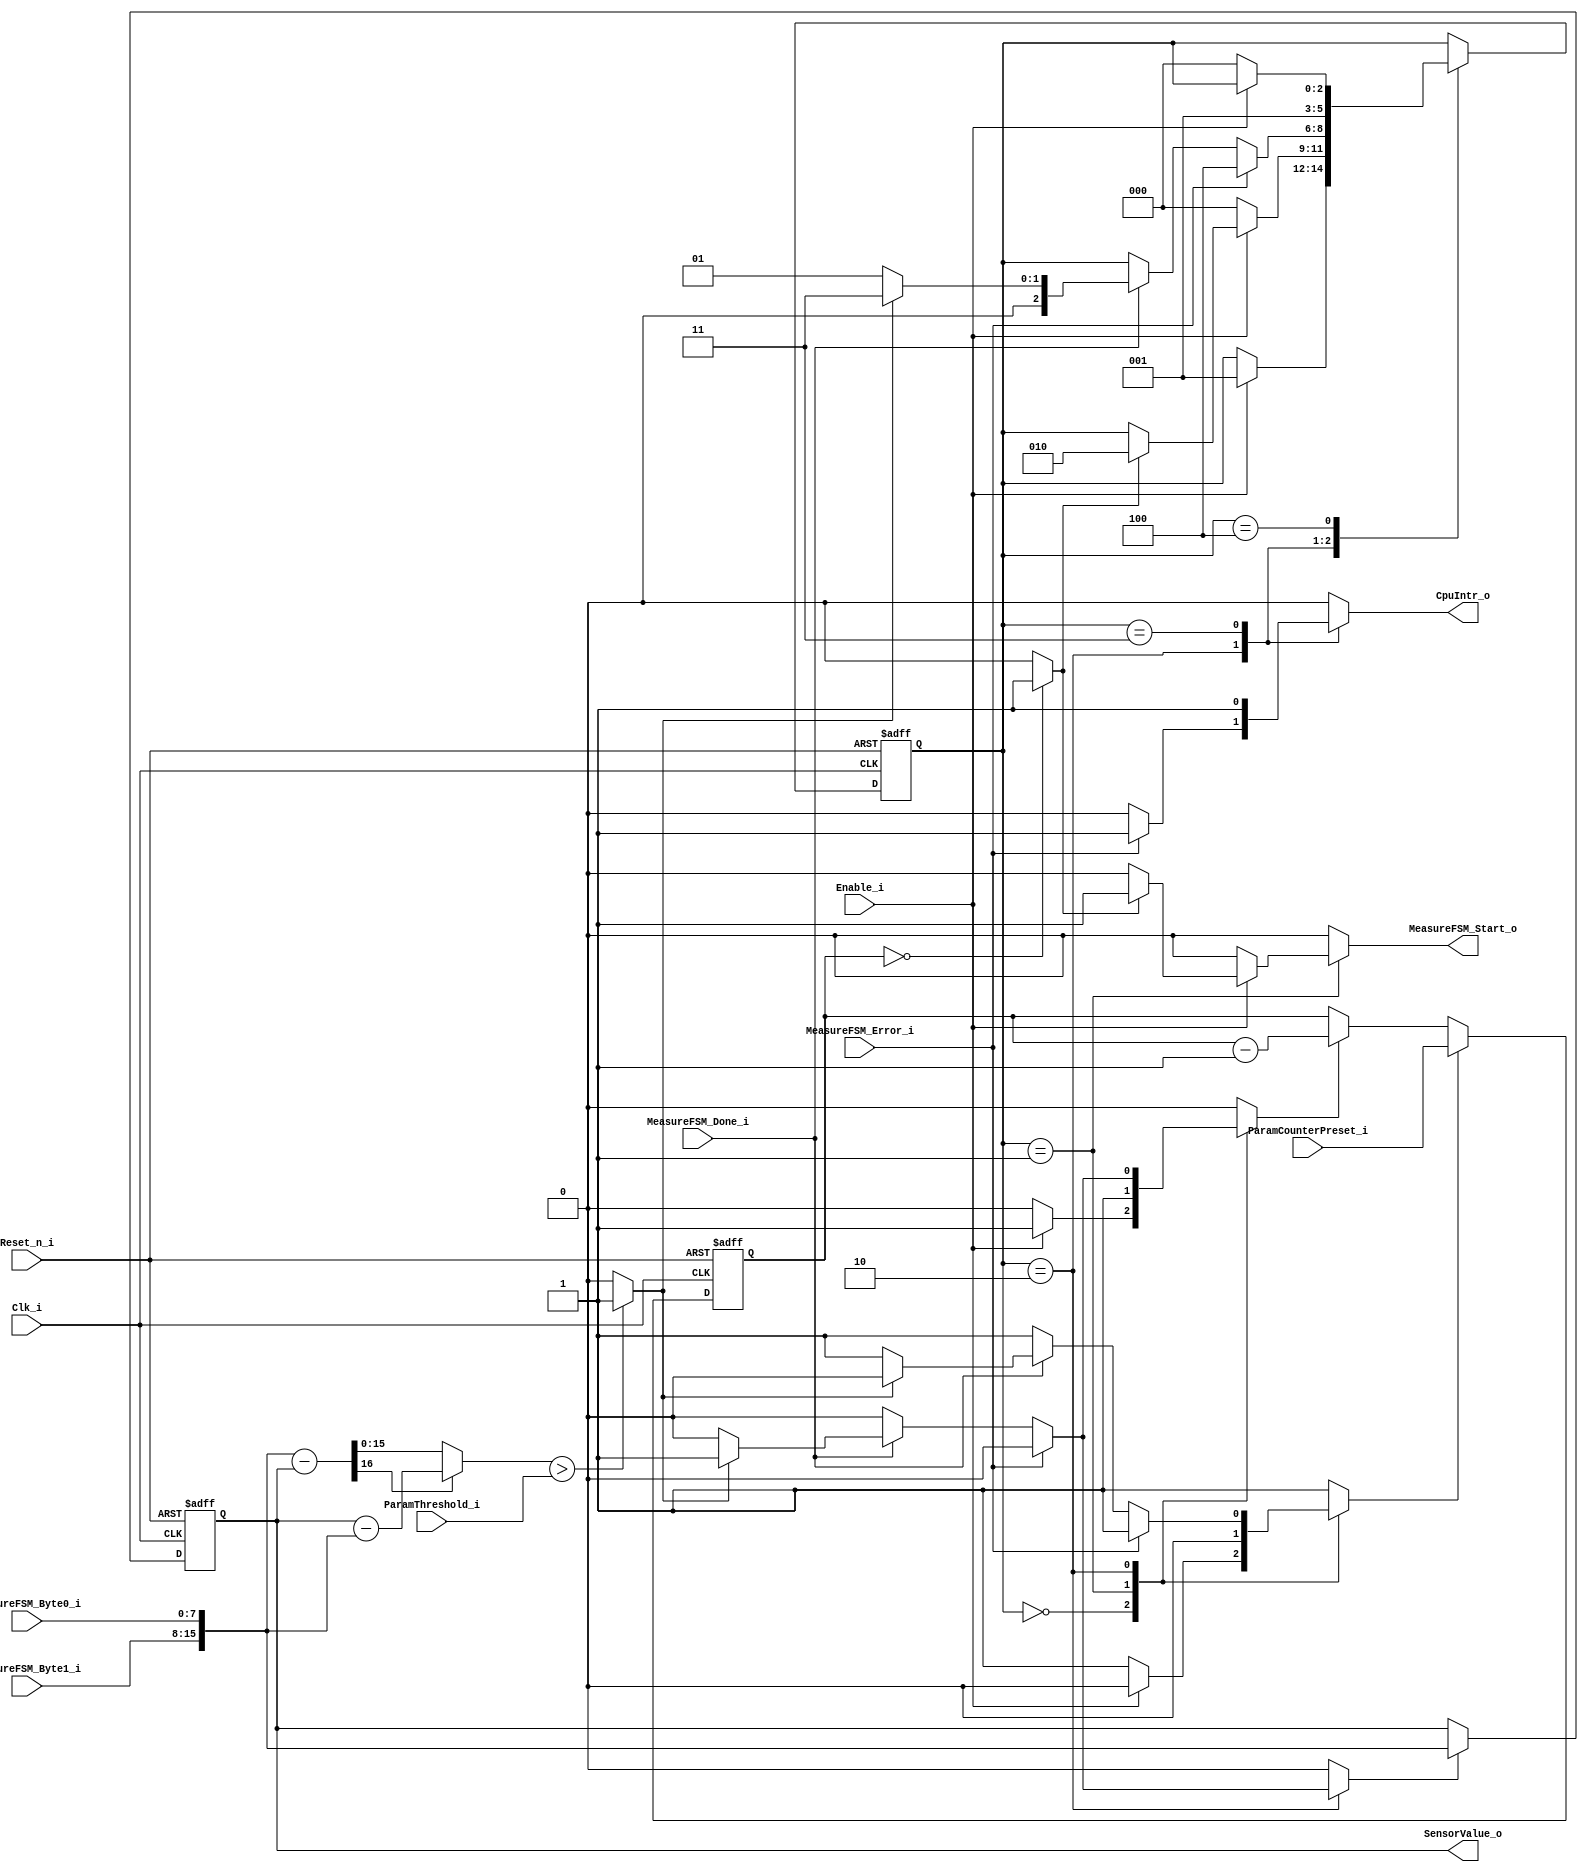
module SensorFSM_1 #(
  parameter DataWidth = 8
) (
  input                        Reset_n_i,
  input                        Clk_i,
  input                        Enable_i,
  output reg                   CpuIntr_o,
  output     [2*DataWidth-1:0] SensorValue_o,
  output reg                   MeasureFSM_Start_o,
  input                        MeasureFSM_Done_i,
  input                        MeasureFSM_Error_i,
  input     [DataWidth-1:0]    MeasureFSM_Byte0_i,
  input     [DataWidth-1:0]    MeasureFSM_Byte1_i,
  input [2*DataWidth-1:0]      ParamThreshold_i,
  input [2*DataWidth-1:0]      ParamCounterPreset_i
);
  localparam stDisabled   = 3'b000;
  localparam stIdle       = 3'b001;
  localparam stXfer       = 3'b010;
  localparam stNotify     = 3'b011;
  localparam stError      = 3'b100;
  reg  [2:0]             SensorFSM_State;
  reg  [2:0]             SensorFSM_NextState;
  wire                   SensorFSM_TimerOvfl;
  reg                    SensorFSM_TimerPreset;
  reg                    SensorFSM_TimerEnable;
  wire                   SensorFSM_DiffTooLarge;
  reg                    SensorFSM_StoreNewValue;
  wire [2*DataWidth-1:0] SensorValue;
  reg  [2*DataWidth-1:0] Word0;
  wire [2*DataWidth-1:0] AbsDiffResult;
  always @(negedge Reset_n_i or posedge Clk_i)
  begin
    if (!Reset_n_i)
    begin
      SensorFSM_State <= stDisabled;
    end
    else
    begin
      SensorFSM_State <= SensorFSM_NextState;
    end  
  end
  always @(SensorFSM_State, Enable_i, SensorFSM_TimerOvfl, MeasureFSM_Done_i, MeasureFSM_Error_i, SensorFSM_DiffTooLarge)
  begin  
    SensorFSM_NextState     = SensorFSM_State;
    SensorFSM_TimerPreset   = 1'b1;
    SensorFSM_TimerEnable   = 1'b0;
    MeasureFSM_Start_o      = 1'b0;
    SensorFSM_StoreNewValue = 1'b0;
    CpuIntr_o               = 1'b0;
    case (SensorFSM_State)
      stDisabled: begin
        if (Enable_i == 1'b1)
        begin
          SensorFSM_NextState     = stIdle;
          SensorFSM_TimerPreset   = 1'b0;
          SensorFSM_TimerEnable   = 1'b1;  
        end
      end
      stIdle: begin
        SensorFSM_TimerPreset   = 1'b0;
        SensorFSM_TimerEnable   = 1'b1;  
        if (Enable_i == 1'b0)
        begin
          SensorFSM_NextState     = stDisabled;
        end
        else
        if (SensorFSM_TimerOvfl == 1'b1)
        begin
          SensorFSM_NextState     = stXfer;
          MeasureFSM_Start_o      = 1'b1;
        end
      end
      stXfer: begin
        if (MeasureFSM_Error_i == 1'b1)
        begin
          SensorFSM_NextState     = stError;
          CpuIntr_o               = 1'b1;  
        end
        else if (MeasureFSM_Done_i == 1'b1)
        begin
          if (SensorFSM_DiffTooLarge == 1'b1)
          begin
            SensorFSM_NextState     = stNotify;
            SensorFSM_TimerPreset   = 1'b0;
            SensorFSM_TimerEnable   = 1'b1;  
            SensorFSM_StoreNewValue = 1'b1;  
          end
          else
          begin
            SensorFSM_NextState     = stIdle;
          end
        end
      end
      stNotify: begin
        SensorFSM_TimerPreset   = 1'b1;
        SensorFSM_TimerEnable   = 1'b0;  
        SensorFSM_NextState     = stIdle;
        CpuIntr_o               = 1'b1;  
      end
      stError: begin
        if (Enable_i == 1'b0)
        begin
          SensorFSM_NextState     = stDisabled;
        end
      end
      default: begin
      end
    endcase
  end 
  reg [2*DataWidth-1:0] SensorFSM_Timer;
  always @(negedge Reset_n_i or posedge Clk_i)
  begin
    if (!Reset_n_i)
    begin
      SensorFSM_Timer <= 16'd0;
    end
    else
    begin
      if (SensorFSM_TimerPreset)
      begin
        SensorFSM_Timer <= ParamCounterPreset_i;
      end
      else if (SensorFSM_TimerEnable)
      begin
        SensorFSM_Timer <= SensorFSM_Timer - 1'b1;
      end
    end  
  end
  assign SensorFSM_TimerOvfl = (SensorFSM_Timer == 0) ? 1'b1 : 1'b0;
  assign SensorValue = {MeasureFSM_Byte1_i, MeasureFSM_Byte0_i};
  always @(negedge Reset_n_i or posedge Clk_i)
  begin
    if (!Reset_n_i)
    begin
      Word0 <= 16'd0;
    end
    else
    begin
      if (SensorFSM_StoreNewValue)
      begin
        Word0 <= SensorValue;
      end
    end  
  end
  wire [2*DataWidth   : 0] DiffAB;
  wire [2*DataWidth-1 : 0] DiffBA;
  assign DiffAB = {1'b0, SensorValue} - {1'b0, Word0};
  assign DiffBA =        Word0        -        SensorValue;
  assign AbsDiffResult = DiffAB[2*DataWidth] ? DiffBA : DiffAB[2*DataWidth-1 : 0];
  assign SensorFSM_DiffTooLarge = (AbsDiffResult > ParamThreshold_i) ? 1'b1 : 1'b0;
  assign SensorValue_o = Word0;
endmodule